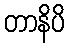
တာနိပိ